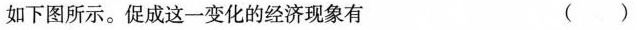
如下图所示。促成这一变化的经济现象有 ()